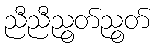
ညီညီညွတ်ညွတ်